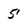
Character: 5